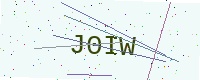
Text: J0IW